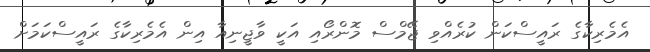
އެމެރިކާގެ ރައީސްކަން ކުރެއްވި ޖޭމްސް މޮންރޯއި އަކީ ވާޖީނިއާ އިން އެމެރިކާގެ ރައީސްކަމަށް